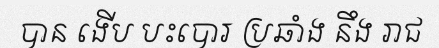
បាន ងើប បះបោរ ប្រឆាំង នឹង រាជ